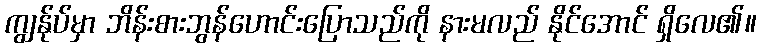
ကျွန်ုပ်မှာ ဘိန်းစားဘွန်ဟောင်းပြောသည်ကို နားမလည် နိုင်အောင် ရှိလေ၏။